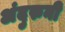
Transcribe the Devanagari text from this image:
अंदुरुनी